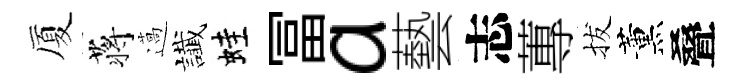
厦蒋薖䜟蛙冨a藝志蓴拔薰叠